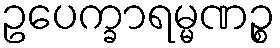
ဥပေက္ခာရမ္မဏဉ္စ